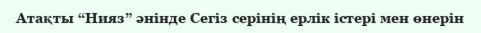
Атақты “Нияз” әнінде Сегіз серінің ерлік істері мен өнерін